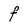
Character: f